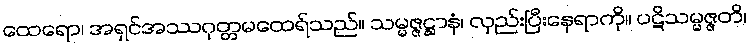
ထေရော၊ အရှင်အဿဂုတ္တမထေရ်သည်။ သမ္မဇ္ဇဋ္ဌာနံ၊ လှည်းပြီးနေရာကို။ ပဋိသမ္မဇ္ဇတိ၊